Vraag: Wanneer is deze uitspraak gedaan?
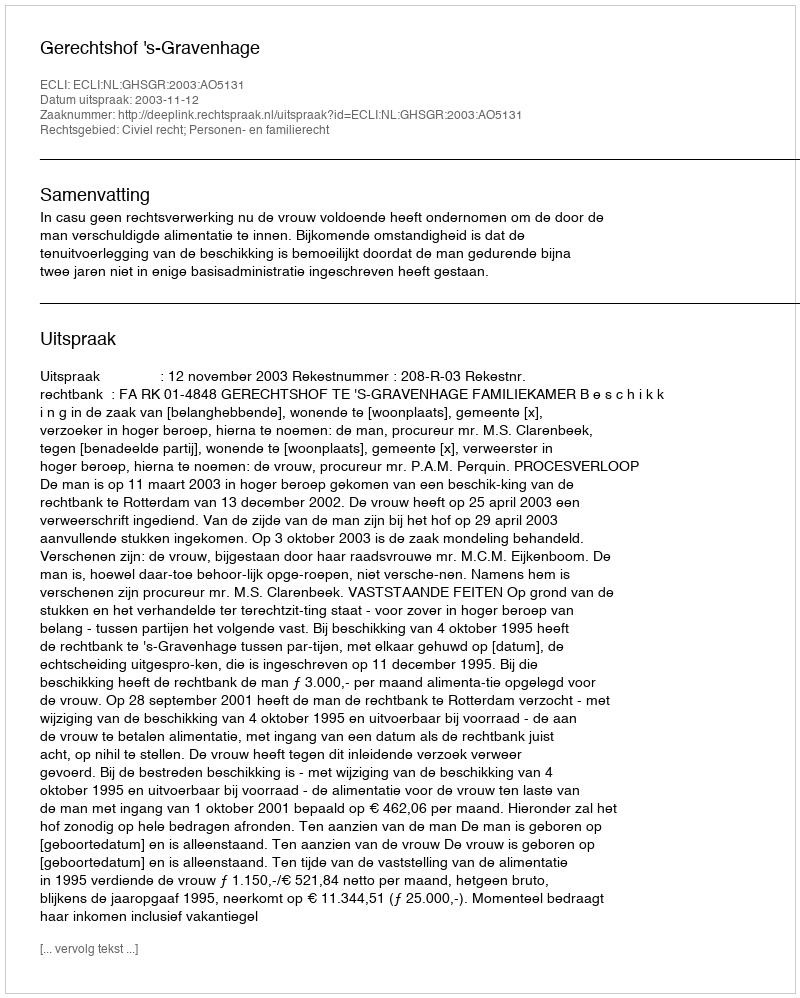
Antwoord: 2003-11-12